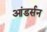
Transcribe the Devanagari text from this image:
आंडर्सन